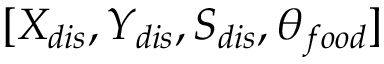
[ { X _ { d i s } } , { Y _ { d i s } } , { S _ { d i s } } , { \theta _ { f o o d } } ]